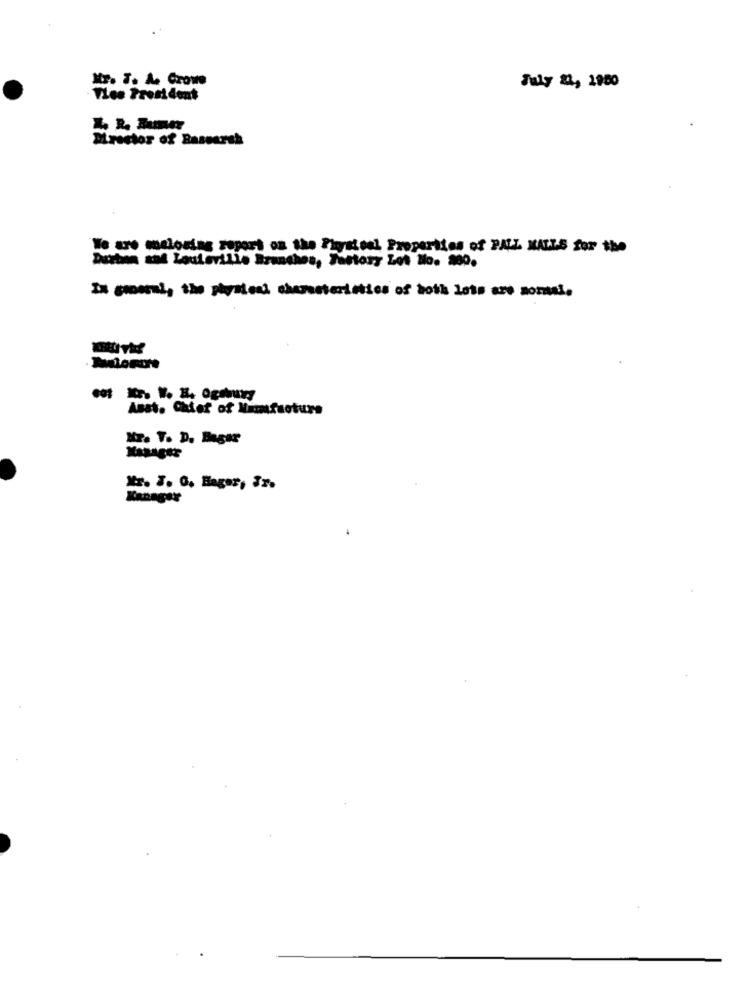
Mr. 7. A. Crowe
July 22, 1980
Tles President
MIrector of Basearch
We are melosing report on the Physical Properties of PALL MALLS for the
Dertien and Lauleville Branches, Tastory Lot No. 200.
Zu gmermi, the physical characteristics of both lots aro normal.
Nr. V. D. Bagar
Mr. 3. 0. Hager, Ir.
Kanager